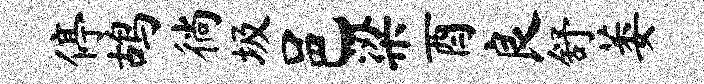
停鸪徜圾邑梁酉良舒萎